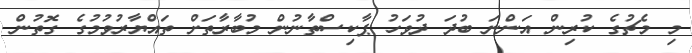
މި މެޗުގެ ކުރިން އަންނަ ބުދަ ދުވަހު ޕާކިސްތާނުން މުބާރާތަށް ތައްޔާރުވުމުގެ ގޮތުން